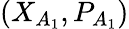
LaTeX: ({{X}_{A_{1}}},{{P}_{A_{1}}})